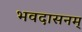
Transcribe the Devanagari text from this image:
भवदासनम्